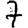
Digit: 7